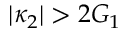
| \kappa _ { 2 } | > 2 G _ { 1 }